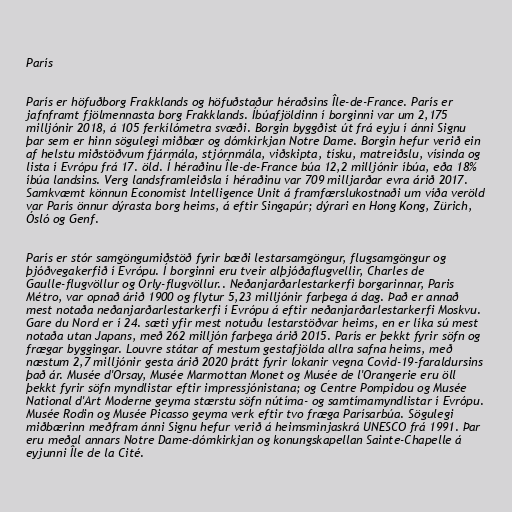
París

París er höfuðborg Frakklands og höfuðstaður héraðsins Île-de-France. París er
jafnframt fjölmennasta borg Frakklands. Íbúafjöldinn í borginni var um 2,175
milljónir 2018, á 105 ferkílómetra svæði. Borgin byggðist út frá eyju í ánni Signu
þar sem er hinn sögulegi miðbær og dómkirkjan Notre Dame. Borgin hefur verið ein
af helstu miðstöðvum fjármála, stjórnmála, viðskipta, tísku, matreiðslu, vísinda og
lista í Evrópu frá 17. öld. Í héraðinu Île-de-France búa 12,2 milljónir íbúa, eða 18%
íbúa landsins. Verg landsframleiðsla í héraðinu var 709 milljarðar evra árið 2017.
Samkvæmt könnun Economist Intelligence Unit á framfærslukostnaði um víða veröld
var París önnur dýrasta borg heims, á eftir Singapúr; dýrari en Hong Kong, Zürich,
Ósló og Genf.

París er stór samgöngumiðstöð fyrir bæði lestarsamgöngur, flugsamgöngur og
þjóðvegakerfið í Evrópu. Í borginni eru tveir alþjóðaflugvellir, Charles de
Gaulle-flugvöllur og Orly-flugvöllur.. Neðanjarðarlestarkerfi borgarinnar, Paris
Métro, var opnað árið 1900 og flytur 5,23 milljónir farþega á dag. Það er annað
mest notaða neðanjarðarlestarkerfi í Evrópu á eftir neðanjarðarlestarkerfi Moskvu.
Gare du Nord er í 24. sæti yfir mest notuðu lestarstöðvar heims, en er líka sú mest
notaða utan Japans, með 262 milljón farþega árið 2015. París er þekkt fyrir söfn og
frægar byggingar. Louvre státar af mestum gestafjölda allra safna heims, með
næstum 2,7 milljónir gesta árið 2020 þrátt fyrir lokanir vegna Covid-19-faraldursins
það ár. Musée d'Orsay, Musée Marmottan Monet og Musée de l'Orangerie eru öll
þekkt fyrir söfn myndlistar eftir impressjónistana; og Centre Pompidou og Musée
National d'Art Moderne geyma stærstu söfn nútíma- og samtímamyndlistar í Evrópu.
Musée Rodin og Musée Picasso geyma verk eftir tvo fræga Parísarbúa. Sögulegi
miðbærinn meðfram ánni Signu hefur verið á heimsminjaskrá UNESCO frá 1991. Þar
eru meðal annars Notre Dame-dómkirkjan og konungskapellan Sainte-Chapelle á
eyjunni Île de la Cité.